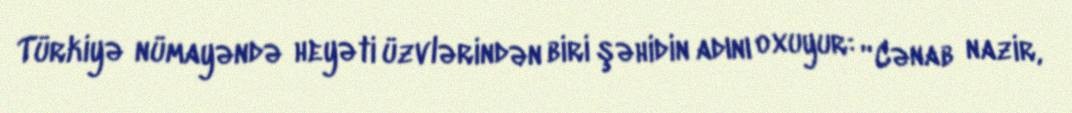
Türkiyə nümayəndə heyəti üzvlərindən biri şəhidin adını oxuyur: “Cənab nazir,